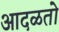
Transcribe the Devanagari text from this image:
आदळतो